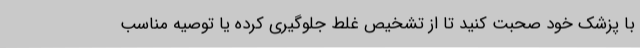
با پزشک خود صحبت کنید تا از تشخیص غلط جلوگیری کرده یا توصیه مناسب